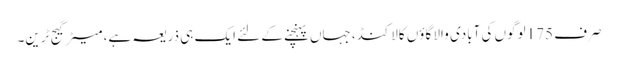
صرف 175 لوگوں کی آبادی والا گاؤں کالاکنڈ، جہاں پہنچنے کے لئے ایک ہی ذریعہ ہے، میٹر گیج ٹرین۔